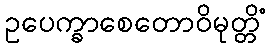
ဥပေက္ခာစေတောဝိမုတ္တိံ